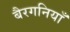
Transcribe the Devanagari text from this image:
बैरगनियाँ